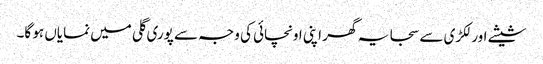
شیشے اور لکڑی سے سجا یہ گھر اپنی اونچائی کی وجہ سے پوری گلی میں نمایاں ہو گا۔